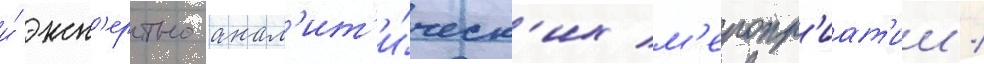
и́ эксп'ертно-анал'ит'и́ческ'их м'еропр'иат'ии /